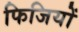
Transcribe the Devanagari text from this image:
फिजियों